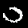
Digit: 0